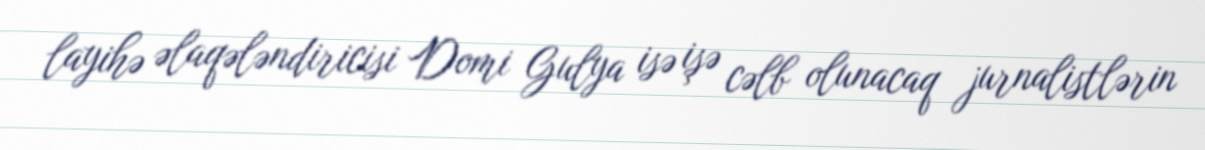
layihə əlaqələndiricisi Domi Gulya isə işə cəlb olunacaq jurnalistlərin